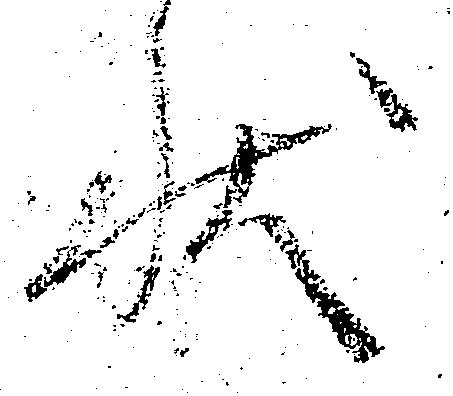
状